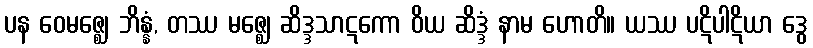
ပန ဝေမဇ္ဈေ ဘိန္နံ, တဿ မဇ္ဈေ ဆိဒ္ဒသာဋကော ဝိယ ဆိဒ္ဒံ နာမ ဟောတိ။ ယဿ ပဋိပါဋိယာ ဒွေ